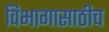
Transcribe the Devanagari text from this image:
विभागासाठीच